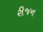
રીજન